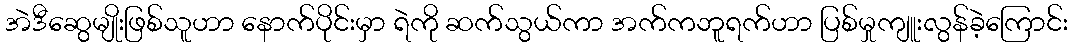
အဲဒီဆွေမျိုးဖြစ်သူဟာ နောက်ပိုင်းမှာ ရဲကို ဆက်သွယ်ကာ အက်ကဘူရက်ဟာ ပြစ်မှုကျူးလွန်ခဲ့ကြောင်း